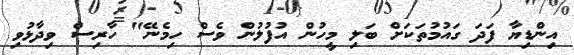
އިންޑިޔާ ފަދަ ގައުމުތަކަށް ބަލި މީހުން އުފުލުން ވެސް ހިމެނޭ" ހާރިސް ވިދާޅުވި